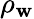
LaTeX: \rho_{\mathbf{w}}